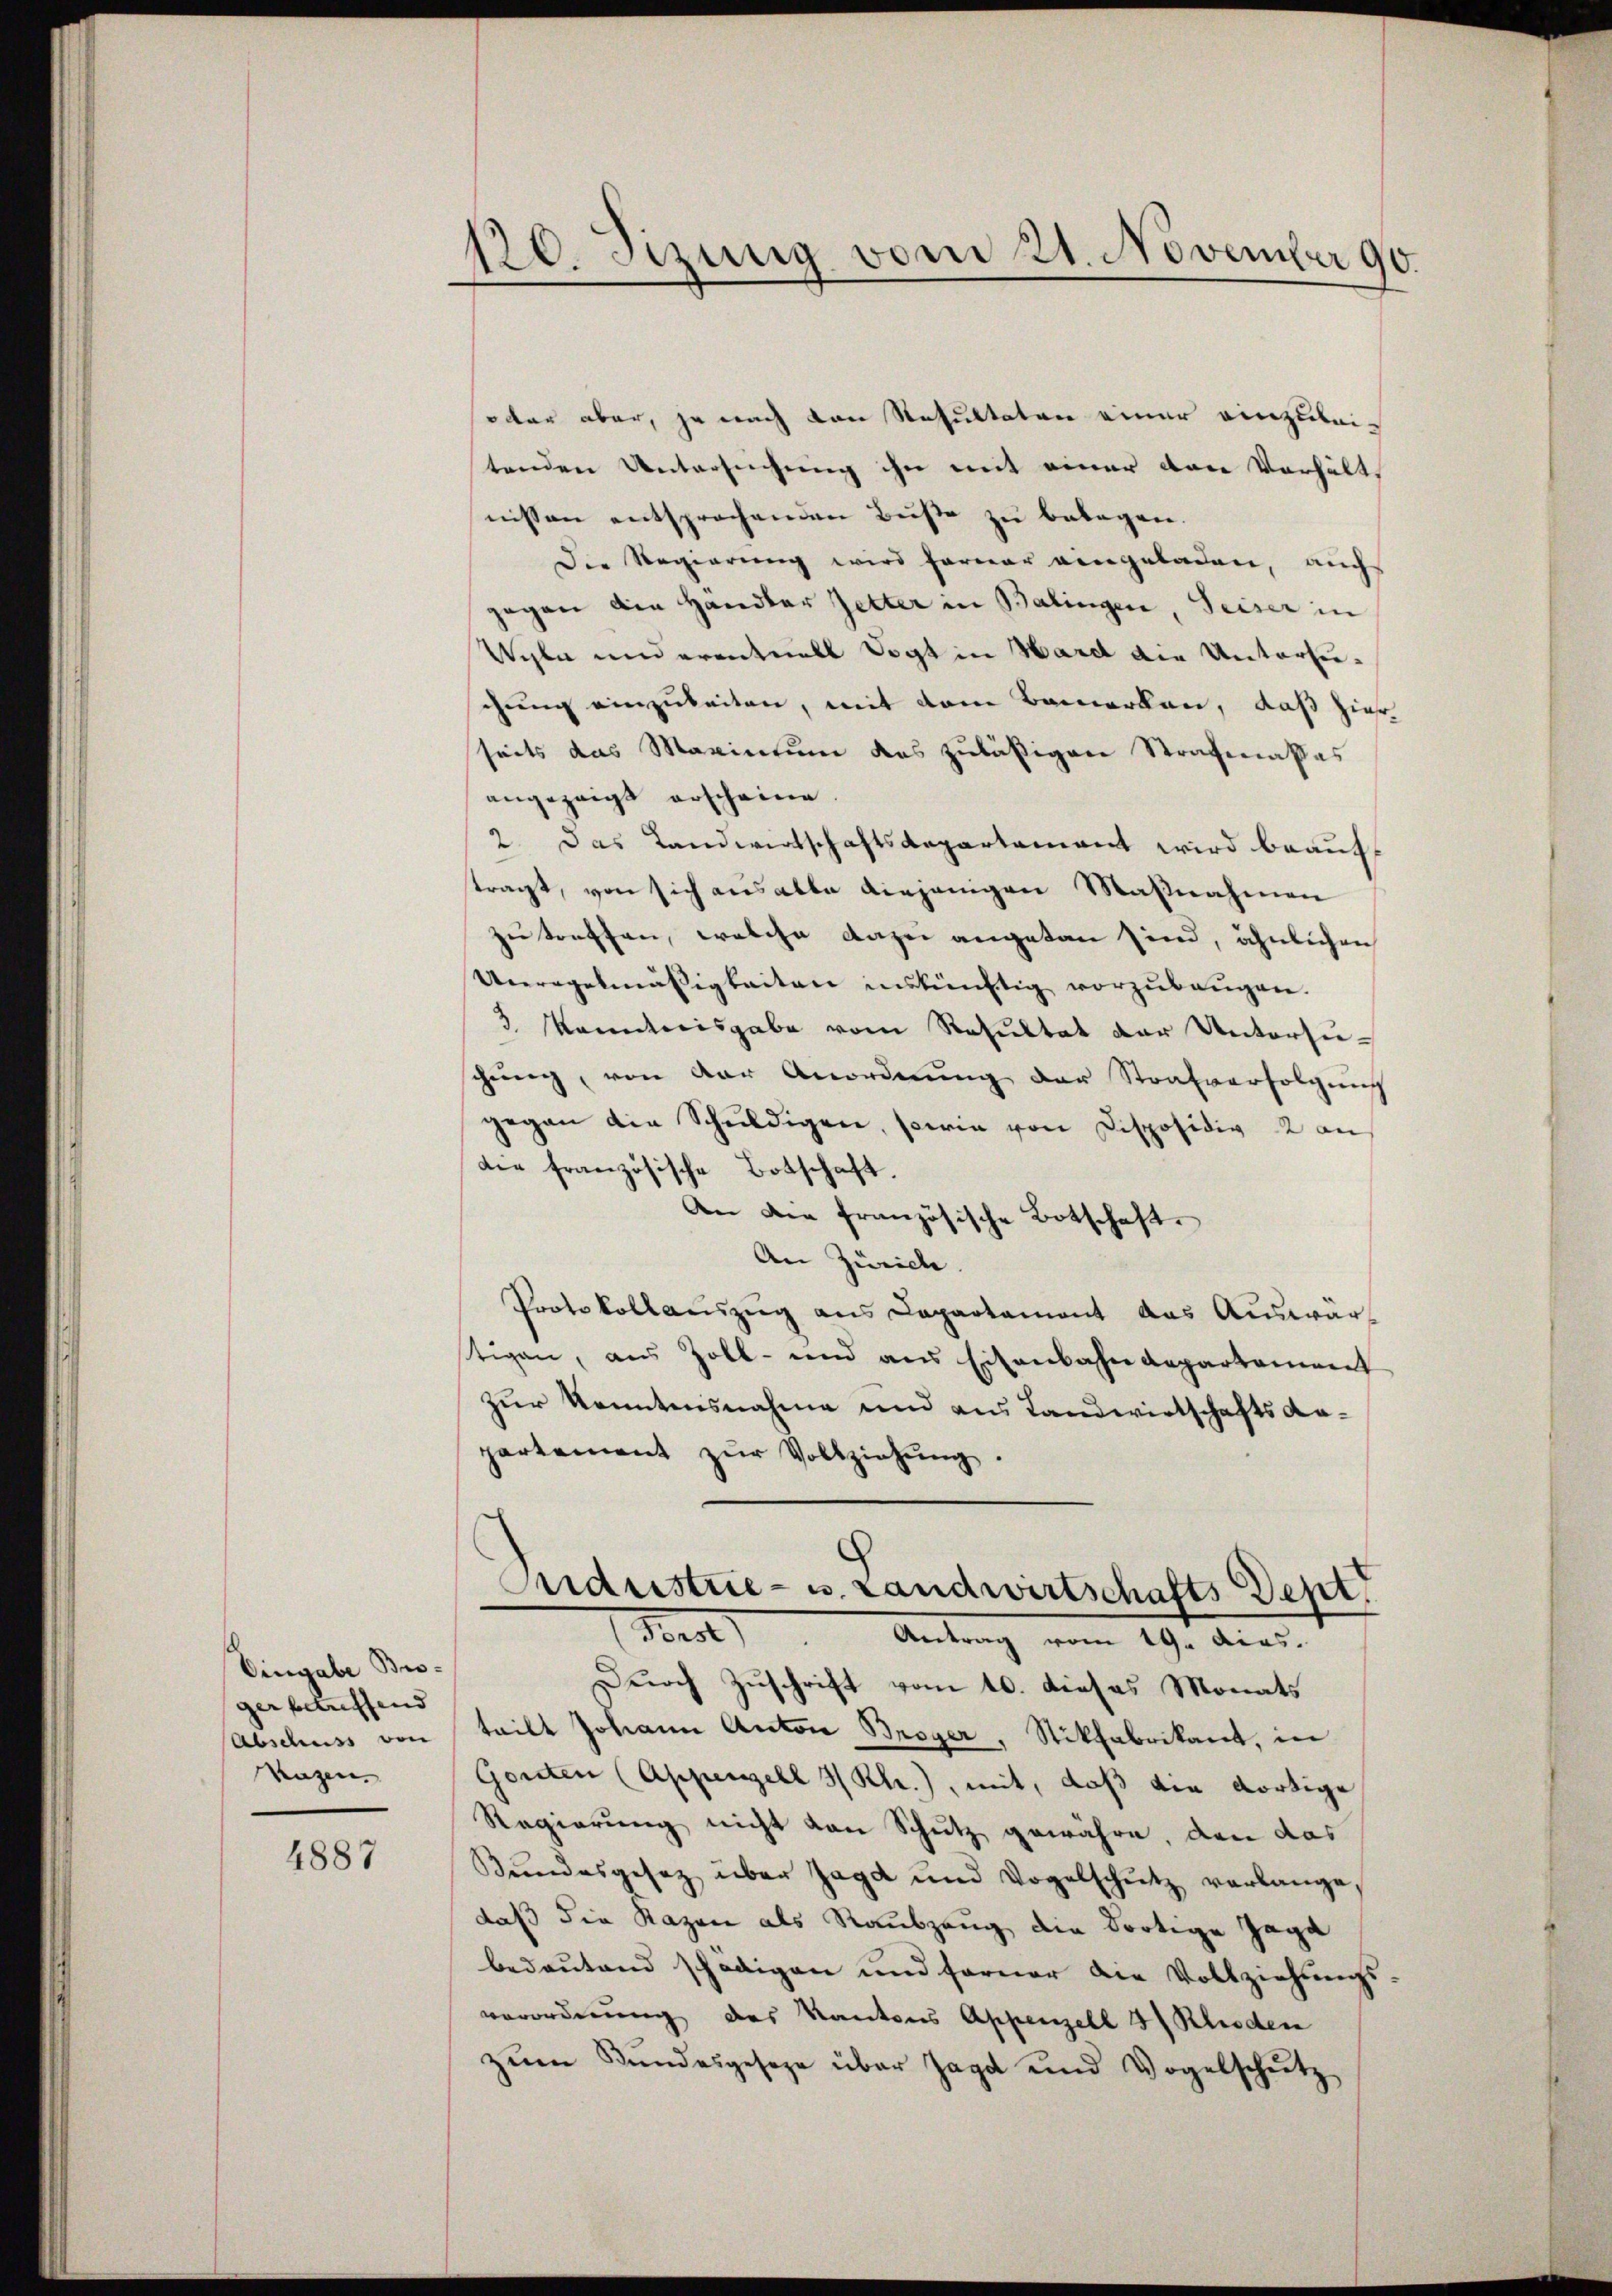
Eingabe Bro-
ger betreffend |
Abschuss von
Kazen.

4887

120. Sizung vom 21. November 190.

oder aber, je nach von Resultaten einer einzubeitenden Untersuchung ihn mit einer von Verhält
nissen entsprochenden Buße zu belegen.
Die Regierung wird ferner eingeladen, auchs
gegen die Händler Zetter in Balingen, Seiser in
Wyla und eventuell Vogt in Hardt die Untersuchung einzubeiten, mit dem Bemerken, daß hier
seits das Marinium das zuläßigen Strafenaßes
angezeigt erscheine.
2. Das Landwirtschaftsdepartement wird beauftragt, von sich aus alle diejenigen Maßnahmen
zu treffen, welche dazu angetan sind, ähnlichen
Unregelmäßigkeiten inskünftig vorzubeugen.
3 kanntweisgabe vom Resultat der Untersuschung, von der Anordnung der Strafverfolgung
gegen die Schŭldigen, sowie von Dispositiv 2 an
die französische Botschaft.
An dem französische Botschaft.
An Zwicke.
Protokollauszug aus Departament das Auswärstigen, aus Zoll- und aus Eisenbahndepartement
zur Kenntensnahme und aus Landwirtschaftsanpartement zŭr Vollziehŭng.
Oridustrie - u. Landwirtschafts Dept
Berol) Antrag vom 19. dies
Durch Zuschrift vom 10. dieses Monats
teilt Johann Anton Berger, Stikfabrikant, in
Gonden (Appenzell 3/Rh.), mit, daß die dortige
Regierung nicht von Schutz gewähre, den das
Bŭndesgesetz über Jagd und Vogelschŭtz verlange,
daß die Razen als Raubzeug die dortige Jage
bedeutend schädigen und ferner die Vollziehungs-
verordnung des Kantons Appenzell 3 Klieden
zŭm Bŭndesgeseze über Jagd und Vogelschütz